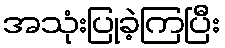
အသုံးပြုခဲ့ကြပြီး